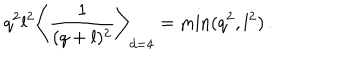
q ^ { 2 } l ^ { 2 } \left\langle { \frac { 1 } { ( q + l ) ^ { 2 } } } \right\rangle _ { d = 4 } = \min ( q ^ { 2 } , l ^ { 2 } ) \, .